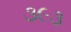
૩૯૩